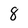
Character: 8